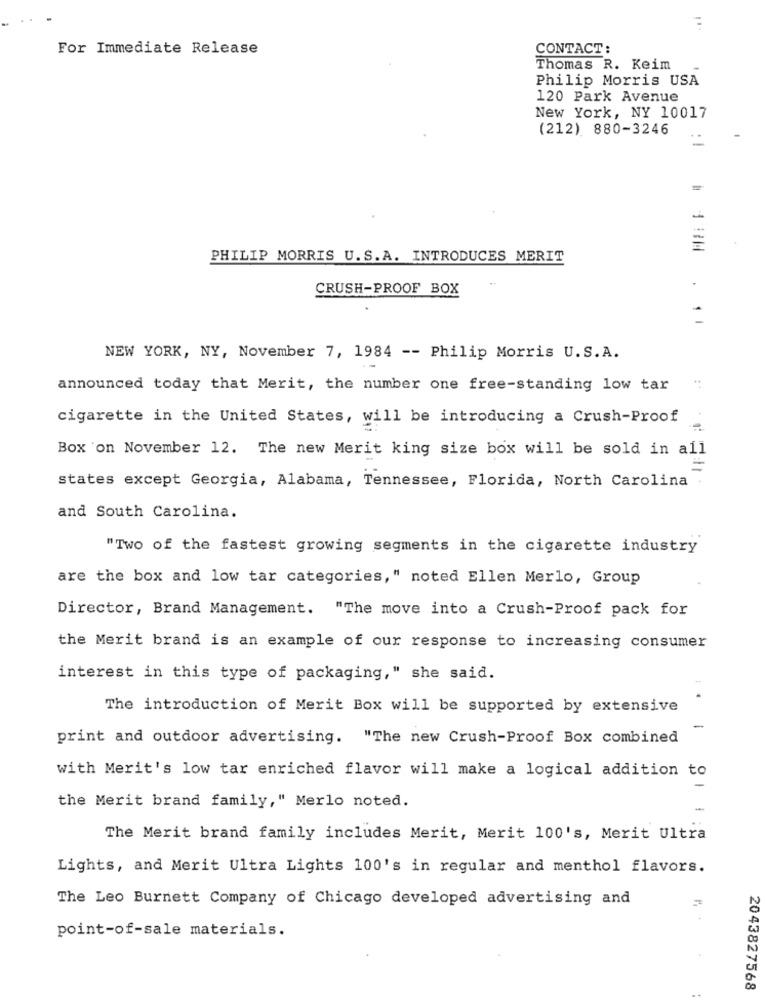
For Immediate Release
CONTACT:
Thomas R. Keim
Philip Morris USA
120 Park Avenue
New York, NY 10017
(212) 880-3246
PHILIP MORRIS U.S.A. INTRODUCES MERIT
CRUSH-PROOF BOX
. 1
NEW YORK, NY, November 7, 1984 -- Philip Morris U.S.A.
announced today that Merit, the number one free-standing low tar
cigarette in the United States, will be introducing a Crush-Proof
Box 'on November 12. The new Merit king size box will be sold in all
=
states except Georgia, Alabama, Tennessee, Florida, North Carolina
and South Carolina.
"Two of the fastest growing segments in the cigarette industry
are the box and low tar categories," noted Ellen Merlo, Group
Director, Brand Management. "The move into a Crush-Proof pack for
the Merit brand is an example of our response to increasing consumer
interest in this type of packaging," she said.
The introduction of Merit Box will be supported by extensive
-
print and outdoor advertising. "The new Crush-Proof Box combined
with Merit's low tar enriched flavor will make a logical addition to
the Merit brand family," Merlo noted.
-
The Merit brand family includes Merit, Merit 100's, Merit Ultra
Lights, and Merit Ultra Lights 100's in regular and menthol flavors.
The Leo Burnett Company of Chicago developed advertising and
point-of-sale materials.
2043827568